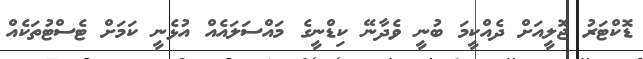
ޑޮކްޓަރު ޖޮލީއަށް ދެއްކީމަ ބުނީ ވެދާނޭ ކިޑްނީގެ މައްސަލައެއް އުޅެނީ ކަމަށް ޓެސްޓުތަކެއް